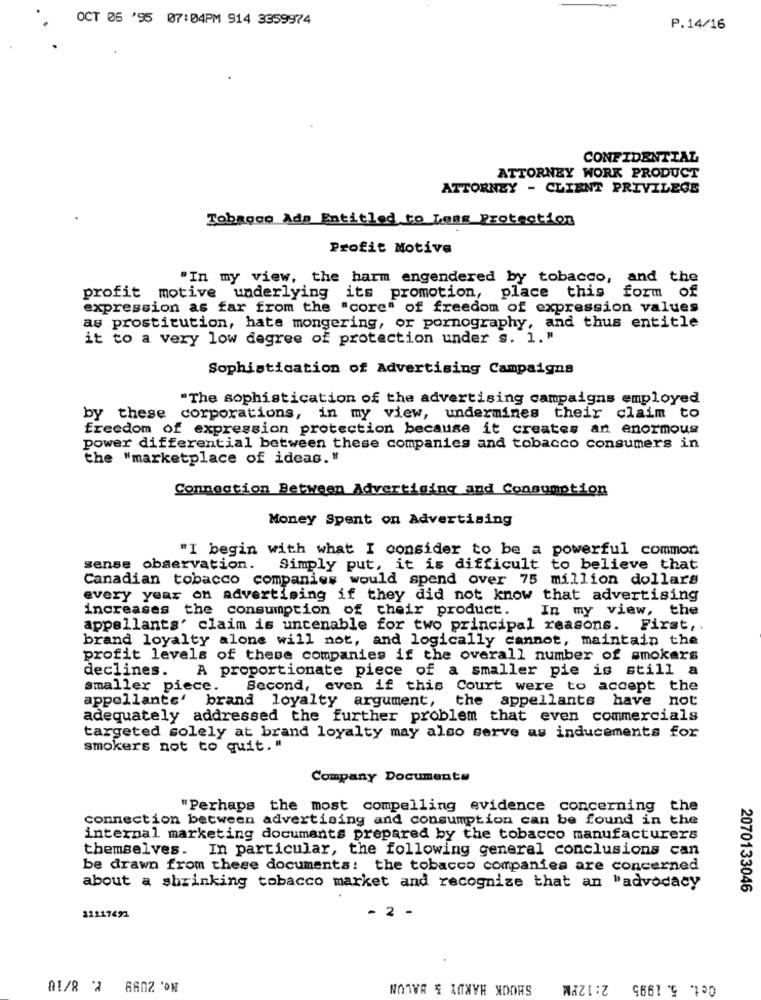
OCT 06 '95 07:04PM 914 3359974
P.14/16
CONFIDENTIAL
ATTORNEY WORK PRODUCT
ATTORNEY - CLIENT PRIVILEGE
Tobacco Ads Entitled to Less Protection
Profit Motive
"In my view, the harm engendered by tobacco, and the
profit motive underlying its promotion, place this form of
expression as far from the "core" of freedom of expression values
as prostitution, hate mongering, or pornography, and thus entitle
it to a very low degree of protection under s. 1. "
Sophistication of Advertising Campaigns
"The sophistication of the advertising campaigns employed
by these corporations, in my view, undermines their claim to
freedom of expression protection because it creates an enormous
power differential between these companies and tobacco consumers in
the "marketplace of ideas."
Connection Between Advertising and Consumption
Money Spent on Advertising
"I begin with what I consider to be a powerful common
sense observation.
Simply put, it is difficult to believe that
Canadian tobacco companies would spend over 75 million dollars
every year on advertising if they did not know that advertising
increases the consumption of their product.
In my view, the
appellants' claim is untenable for two principal reasons. First ,.
brand loyalty alone will not, and logically cannot, maintain the
profit levels of these companies if the overall number of smokers
declines. A proportionate piece of a smaller pie is still a
smaller piece.
Second, even if this Court were to accept the
appellants' brand loyalty argument, the appellants have not
adequately addressed the further problem that even commercials
targeted solely at brand loyalty may also serve as inducements for
smokers not to quit. "
Company Documents
"Perhaps the most compelling evidence concerning the
connection between advertising and consumption can be found in the
internal marketing documents prepared by the tobacco manufacturers
themselves. In particular, the following general conclusions can
be drawn from these documents: the tobacco companies are concerned
about a shrinking tobacco market and recognize that an "advocacy
2070133046
- 2 -
11217691
No. 2099 1. 8/10
SHOOK HARDY & BACON
2:12PM
Cet. 5. 1995